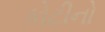
કોટીનો